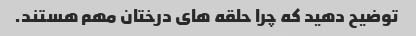
توضیح دهید که چرا حلقه های درختان مهم هستند.